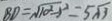
B D = \sqrt { 1 0 ^ { 2 } - 1 ^ { 2 } } = 5 \sqrt { 3 }